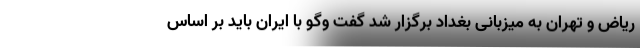
ریاض و تهران به میزبانی بغداد برگزار شد گفت وگو با ایران باید بر اساس